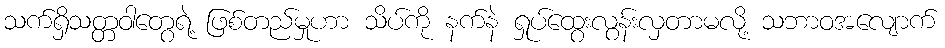
သက်ရှိသတ္တဝါတွေရဲ့ ဖြစ်တည်မှုဟာ သိပ်ကို နက်နဲ ရှုပ်ထွေးလွန်းလှတာမလို့ သဘာဝအလျောက်